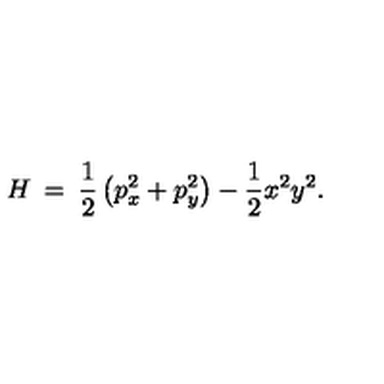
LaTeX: H \: = \: \frac { 1 } { 2 } \left( p _ { x } ^ { 2 } + p _ { y } ^ { 2 } \right) - \frac { 1 } { 2 } x ^ { 2 } y ^ { 2 } .